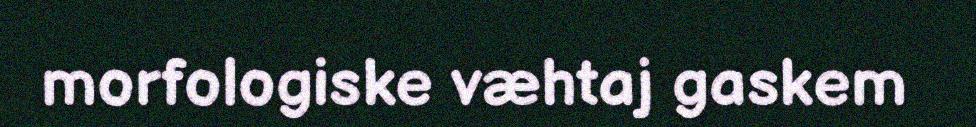
morfologiske væhtaj gaskem